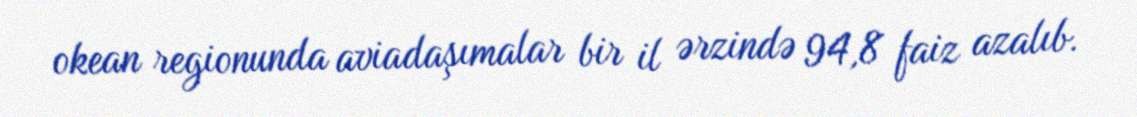
okean regionunda aviadaşımalar bir il ərzində 94,8 faiz azalıb.